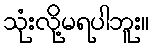
သုံးလို့မရပါဘူး။